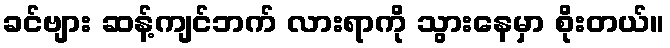
ခင်ဗျား ဆန့်ကျင်ဘက် လားရာကို သွားနေမှာ စိုးတယ်။